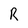
Character: R